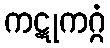
ကဋုကဂ္ဂံ